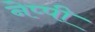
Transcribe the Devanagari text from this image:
नेप्पी